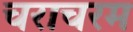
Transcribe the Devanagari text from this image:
चराचरम